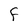
Character: F